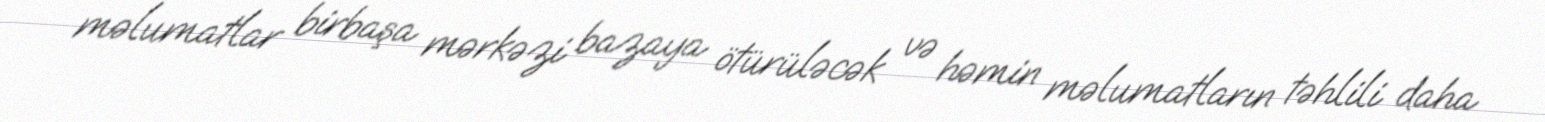
məlumatlar birbaşa mərkəzi bazaya ötürüləcək və həmin məlumatların təhlili daha